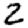
Digit: 2